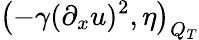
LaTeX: \left(-\gamma(\partial_{x}u)^{2},\eta\right)_{Q_{T}}